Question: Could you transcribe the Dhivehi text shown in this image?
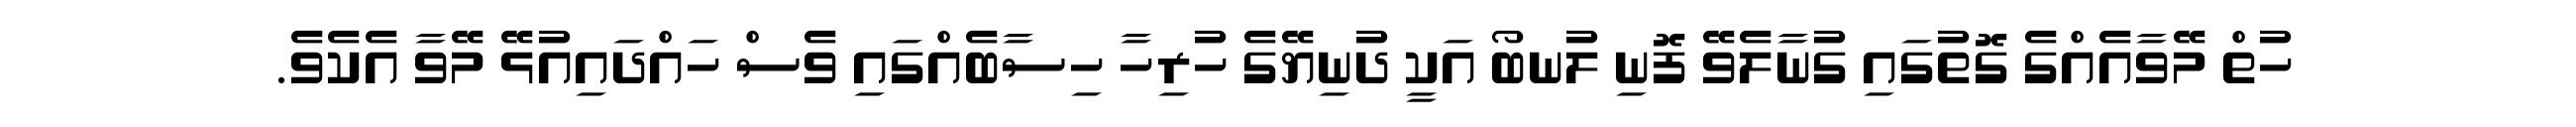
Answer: ހުތް މޭވާއެއްގެ ގޮތުގައި ގުނާލެވޭ ފޮނި ލުނބޯ އަކީ ދުނިޔޭގެ ހުރިހާ ހިސާބެއްގައި ވެސް ހައްދައިއުޅޭ މޭވާ އެކެވެ.